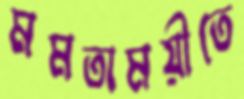
মমতাময়ীতে